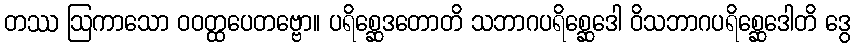
တဿ ဩကာသော ဝဝတ္ထပေတဗ္ဗော။ ပရိစ္ဆေဒတောတိ သဘာဂပရိစ္ဆေဒေါ ဝိသဘာဂပရိစ္ဆေဒေါတိ ဒွေ